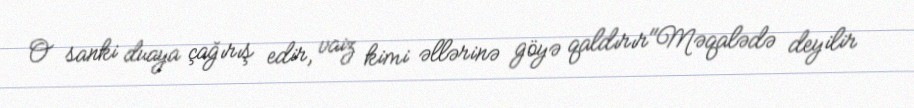
O sanki duaya çağırış edir, vaiz kimi əllərinə göyə qaldırır"Məqalədə deyilir